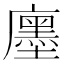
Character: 𢋨